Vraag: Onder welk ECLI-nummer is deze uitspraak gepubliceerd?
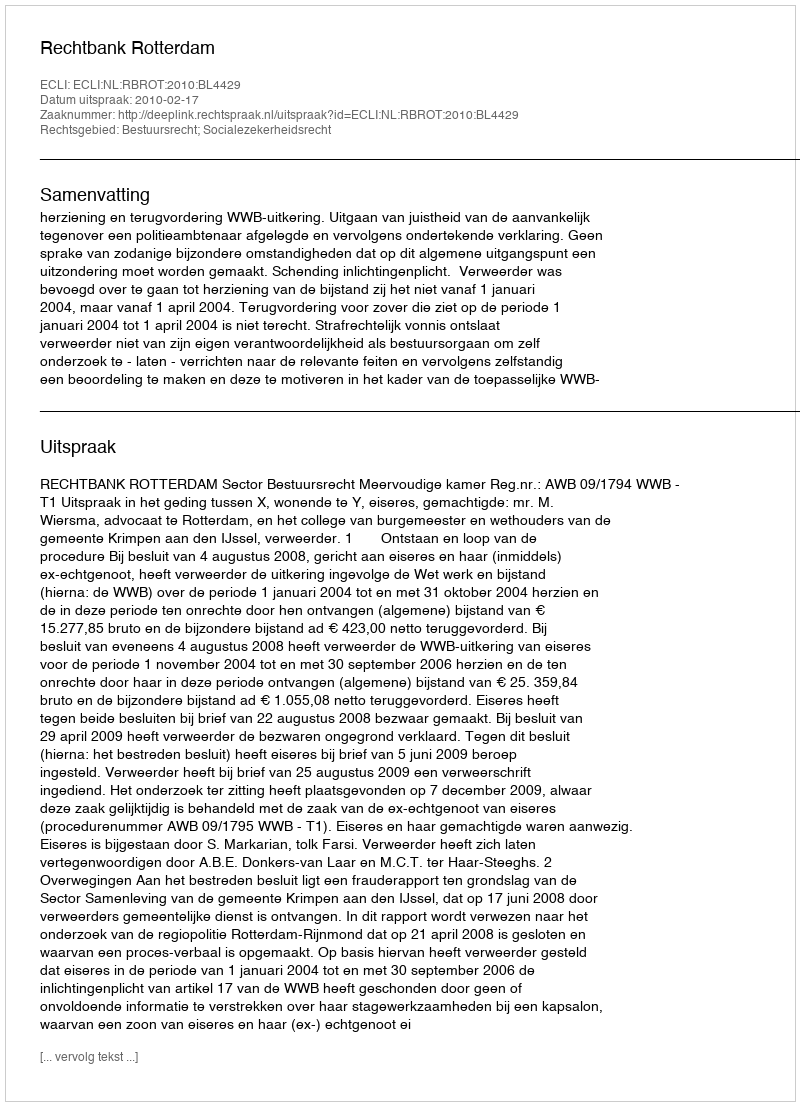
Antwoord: ECLI:NL:RBROT:2010:BL4429